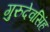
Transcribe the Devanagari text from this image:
गुरुदेवसिंह